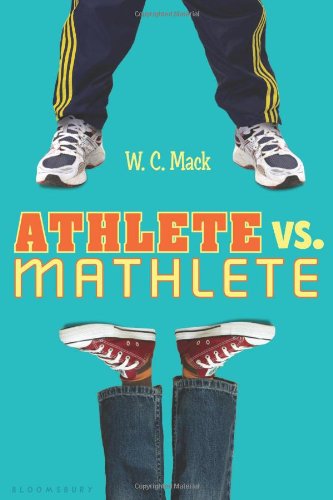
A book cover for Athlete vs. Mathlete; W. C. Mack; Children's Books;